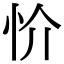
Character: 忦